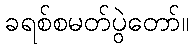
ခရစ်စမတ်ပွဲတော်။